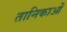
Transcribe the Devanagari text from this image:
तानिकाओं